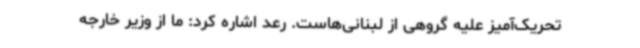
تحریک‌آمیز علیه گروهی از لبنانی‌هاست. رعد اشاره کرد: ما از وزیر خارجه